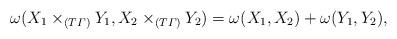
LaTeX: \begin{align*}\omega(X_1 \times_{(T\varGamma)} Y_1, X_2 \times_{(T\varGamma)} Y_2) = \omega(X_1,X_2) + \omega(Y_1, Y_2),\end{align*}